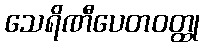
သေရိဏီပေတဝတ္ထု